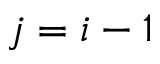
j = i - 1